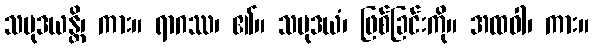
သမုဒယန္တိ၊ ကား။ ရာဂဿ၊ ၏။ သမုဒယံ၊ ဖြစ်ခြင်းကို။ အထဝါ၊ ကား။